Civil Veterinary Dept. Bombay admin report 1914-1922 - 1914-1922
Year: 1914
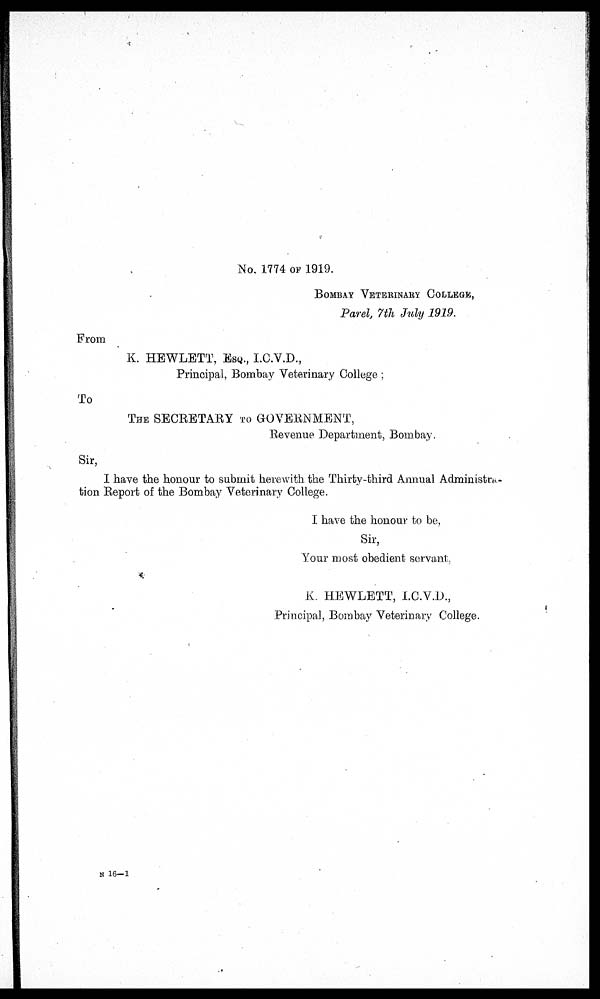
No. 1774 OF 1919.
BOMBAY VETERINARY COLLEGE,
Parel, 7th July 1919.
From
K. HEWLETT, ESQ., I.C.V.D.,
Principal, Bombay Veterinary College ;
To
THE SECRETARY TO GOVERNMENT,
Revenue Department, Bombay.
Sir,
I have the honour to submit herewith the Thirty-third Annual Administra-
tion Report of the Bombay Veterinary College.
I have the honour to be,
Sir,
Your most obedient servant,
K. HEWLETT, I.C.V.D.,
Principal, Bombay Veterinary College.
N 16-1